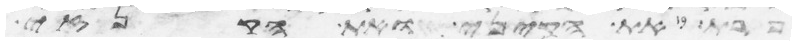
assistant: פרת את הקיני ואת הקנזי